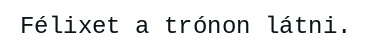
Félixet a trónon látni.